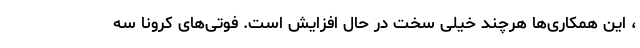
، این همکاری‌ها هرچند خیلی سخت در حال افزایش است. فوتی‌های کرونا سه